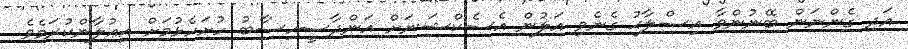
އަދި ގެންނަން ބޭނުންވާ އިޞްލާޙު ގެނެވި އަލުން އެސެކްޝަނަށް އަންދާސީހިސާބު ހުށަހެޅުމަށް އިޢުލާންކުރަމެވެ.